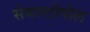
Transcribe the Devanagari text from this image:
सेबास्टोपोल